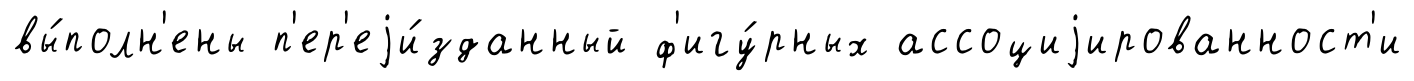
вы́полн'ены п'ер'еjи́зданный ф'игу́рных ассоциjированност'и